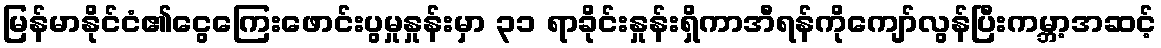
မြန်မာနိုင်ငံ၏ငွေကြေးဖောင်းပွမှုနှုန်းမှာ ၃၁ ရာခိုင်းနှုန်းရှိကာအီရန်ကိုကျော်လွန်ပြီးကမ္ဘာ့အဆင့်